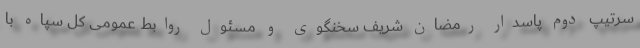
سرتیپ دوم پاسدار رمضان شریف سخنگوی و مسئول روابط عمومی کل سپاه با